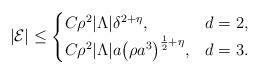
LaTeX: \begin{align*}\vert \mathcal{E}\vert \leq \begin{cases}C\rho^{2}|\Lambda| \delta^{2+\eta}, & d=2, \\C \rho^{2} |\Lambda|a\big(\rho a^{3}\big)^{\frac 1 2 + \eta}, & d=3.\end{cases}\end{align*}